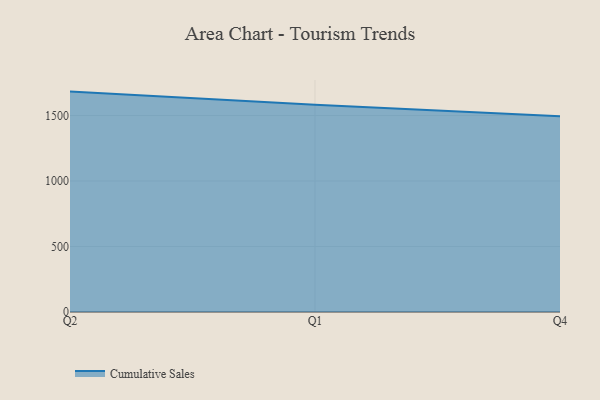
{"axis": {"x": "Quarter", "y": "LTV (USD)"}, "legend": ["Cumulative Sales"], "data": [{"x": "Q2", "y": 1682.6, "type": "Cumulative Sales"}, {"x": "Q1", "y": 1581.9, "type": "Cumulative Sales"}, {"x": "Q4", "y": 1493.9, "type": "Cumulative Sales"}]}